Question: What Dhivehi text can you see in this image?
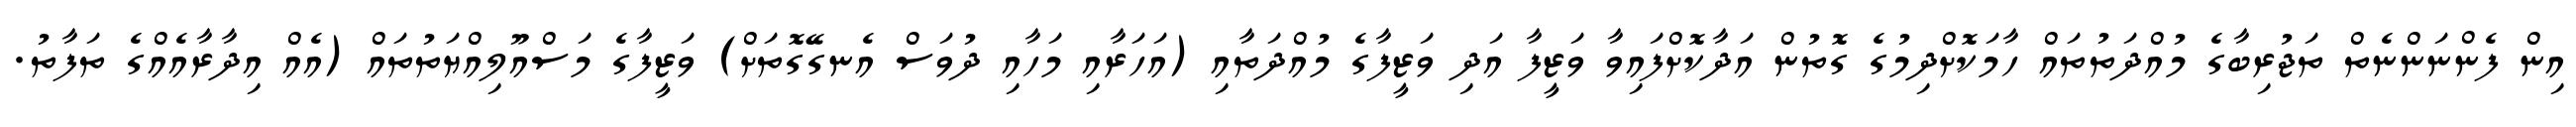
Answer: އިން ފެންނަންނެތް ތަޖުރިބާގެ މުއްދަތުތައް ހާމަކޮށްދިމުގެ ގޮތުން އަދާކޮށްފައިވާ ވަޒީފާ އަދި ވަޒީފާގެ މުއްދަތާއި (އަހަރާއި މަހާއި ދުވަސް އެނގޭގޮތަށް) ވަޒީފާގެ މަސްއޫލިއްޔަތުތައް (އެއް އިދާރާއެއްގެ ތަފާތު.